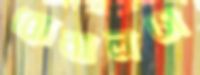
রোনালসে